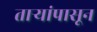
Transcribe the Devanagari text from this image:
तार्‍यांपासून